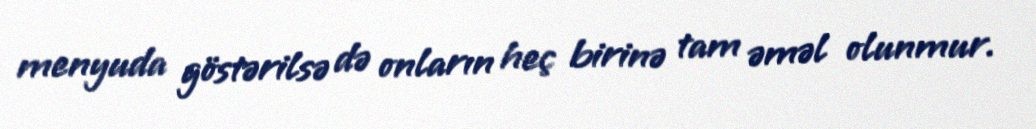
menyuda göstərilsə də onların heç birinə tam əməl olunmur.